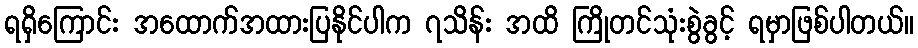
ရရှိကြောင်း အထောက်အထားပြနိုင်ပါက ၇သိန်း အထိ ကြိုတင်သုံးစွဲခွင့် ရမှာဖြစ်ပါတယ်။